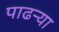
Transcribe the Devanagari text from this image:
पाढर्‍या